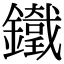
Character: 𨮯